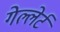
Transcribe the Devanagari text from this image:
गेल्लेर्ट